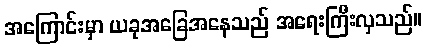
အကြောင်းမှာ ယခုအခြေအနေသည် အရေးကြီးလှသည်။